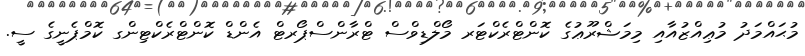
މުޙައްމަދު މުޢިއްޒުއާއި މިމަޝްރޫޢުގެ ކޮންޓްރެކްޓަރ މޯލްޑިވްސް ޓްރާންސްޕޯރޓް އެންޑް ކޮންޓްރެކްޓިންގ ކޮމްޕެނީގެ ސީ.